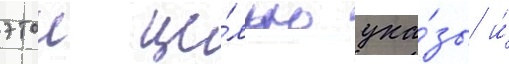
этои це́лью ука́зы и́